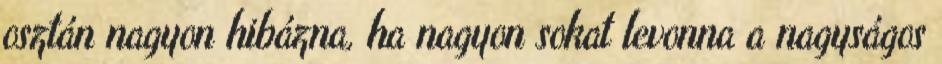
osztán nagyon hibázna, ha nagyon sokat levonna a nagyságos